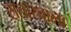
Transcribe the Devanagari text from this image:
सतारवाला